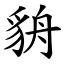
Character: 貈